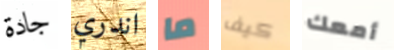
جادة اندري ما كيف أمعك